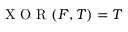
\mathrm { ~ X ~ O ~ R ~ } ( F , T ) = T